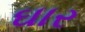
ઘાર